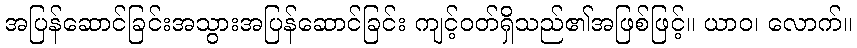
အပြန်ဆောင်ခြင်းအသွားအပြန်ဆောင်ခြင်း ကျင့်ဝတ်ရှိသည်၏အဖြစ်ဖြင့်။ ယာဝ၊ လောက်။